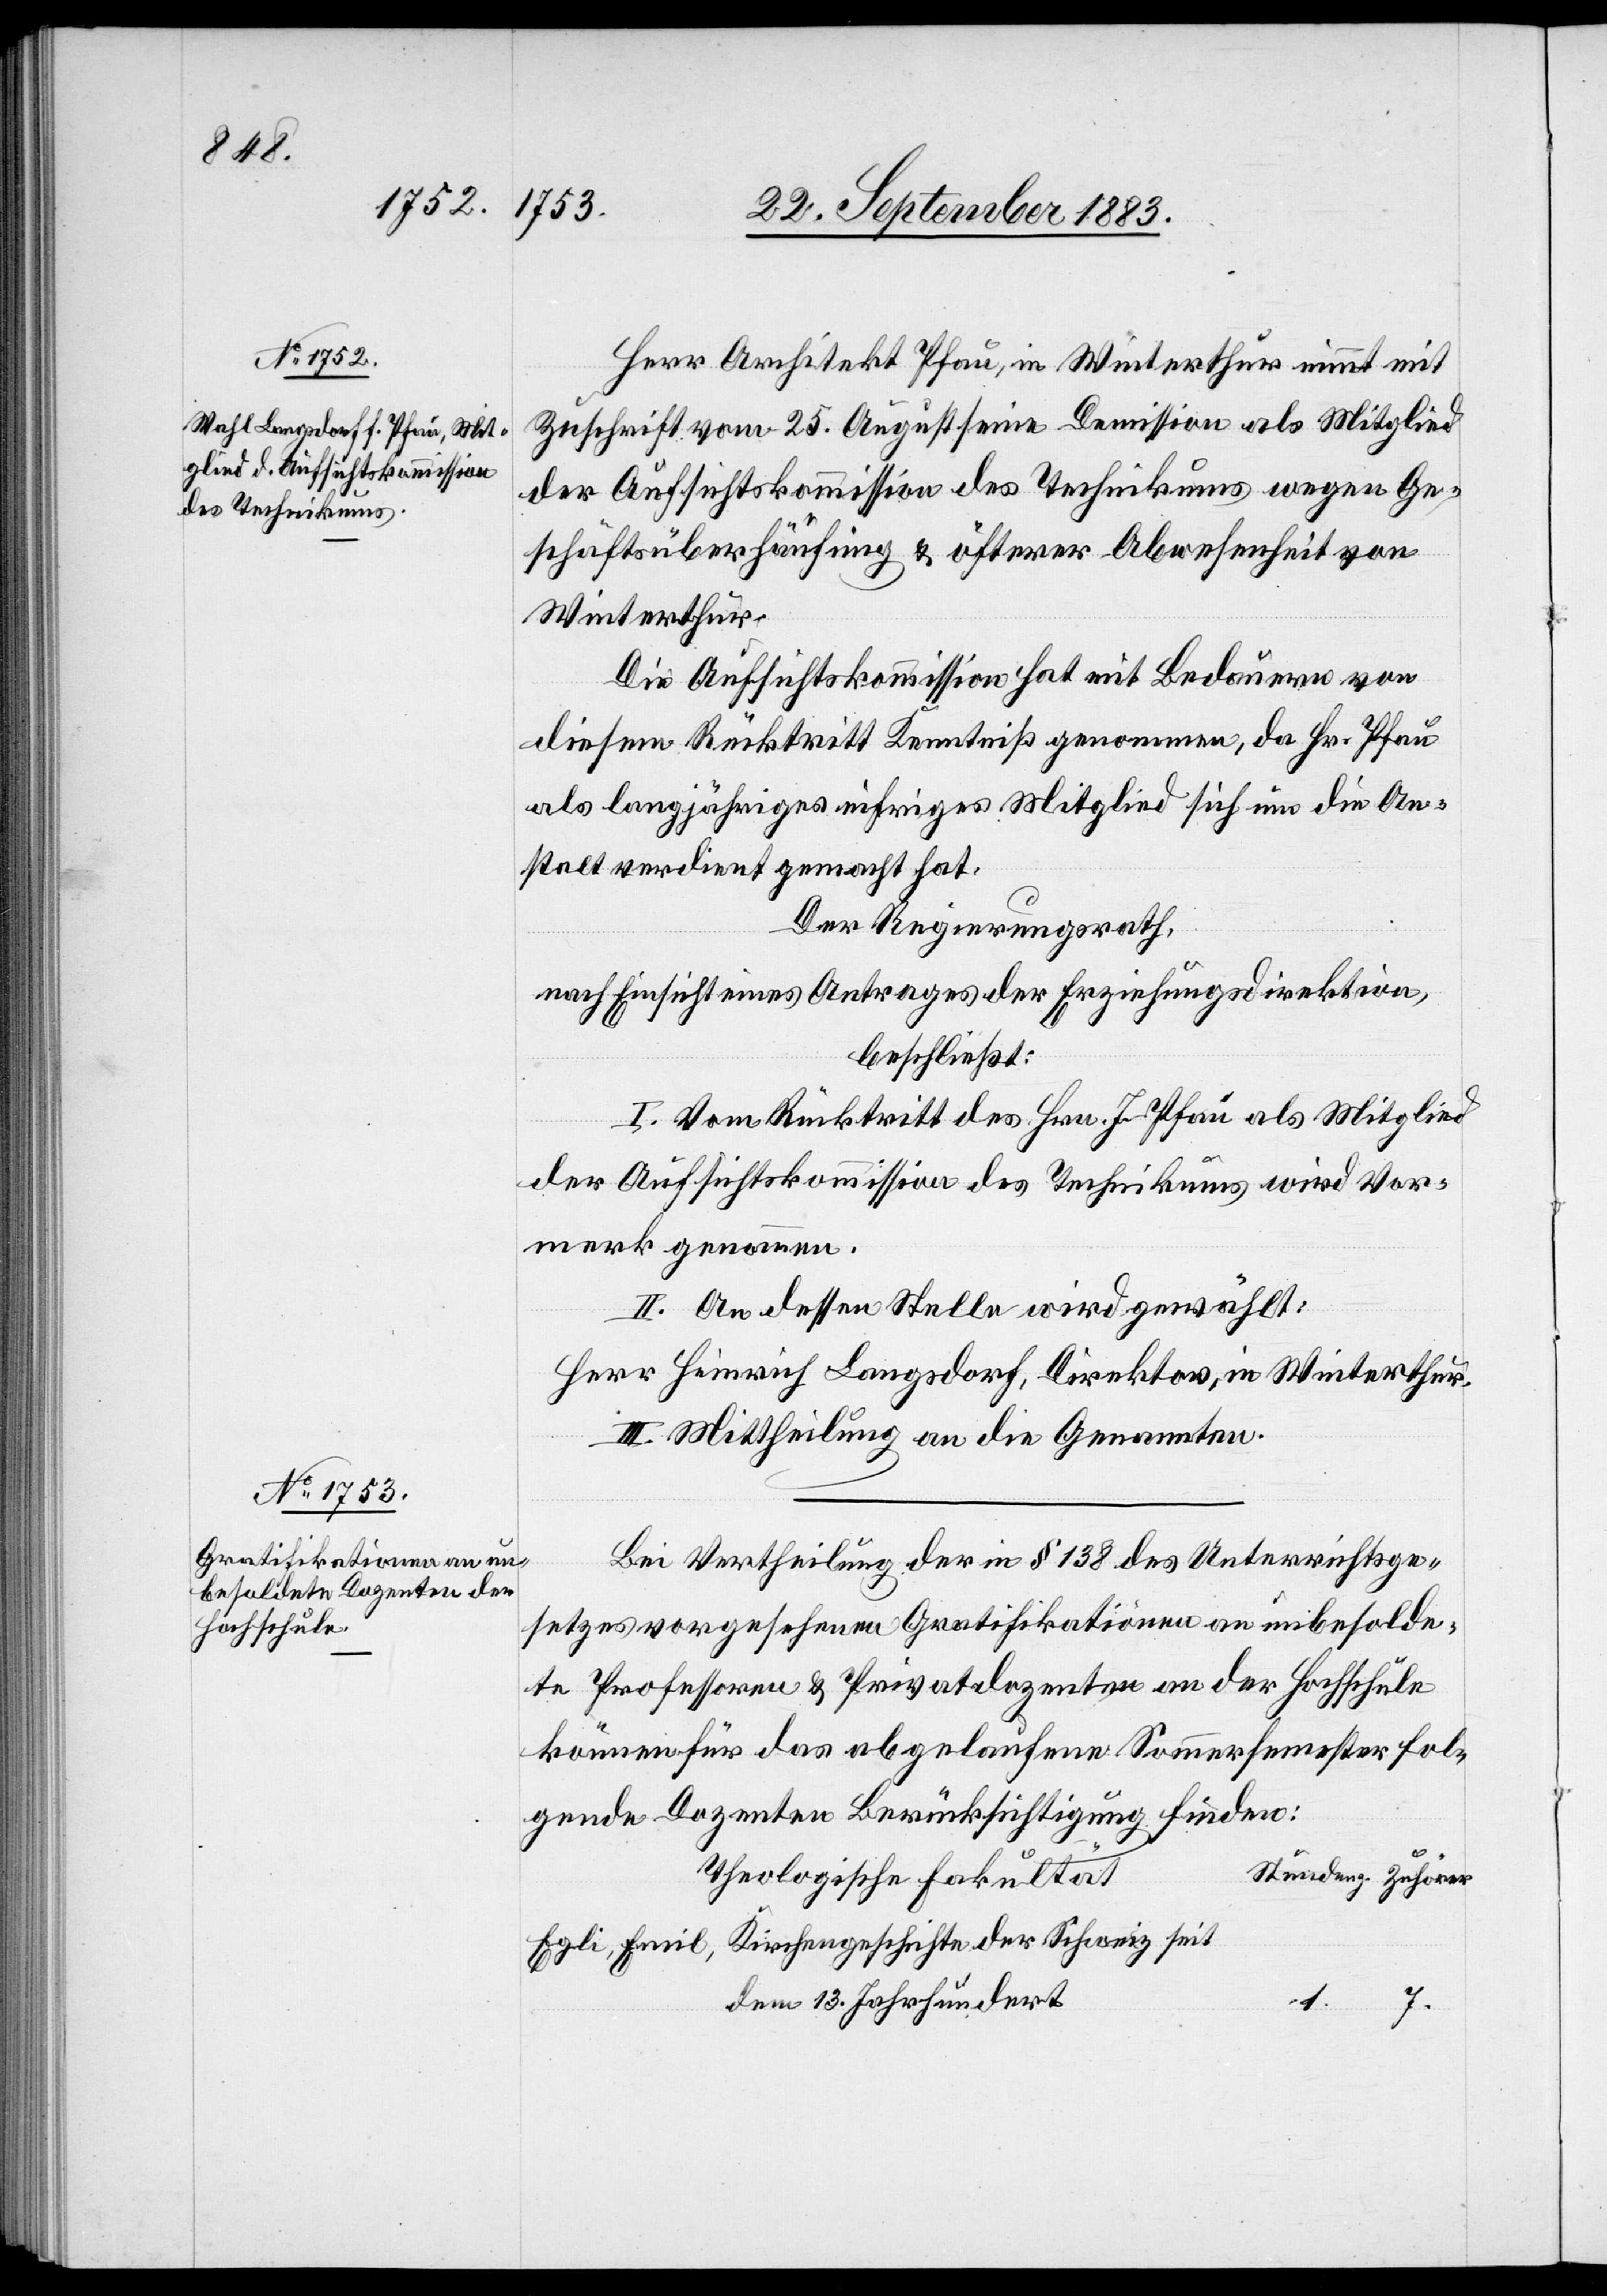
Herr Architekt Pfau, in Winterthur nimmt mit
Zuschrift vom 25. August seine Demission als Mitglied
der Aufsichtskommission des Technikums wegen Ge¬
schäftsüberhäufung & öfterer Abwesenheit von
Winterthur.
Die Aufsichtskommission hat mit Bedauern von
diesem Rücktritt Kenntniß genommen, da Hr. Pfau
als langjähriges eifriges Mitglied sich um die An¬
stalt verdient gemacht hat.
Der Regierungsrath,
nach Einsicht eines Antrages der Erziehungsdirektion,
beschließt:
I. Vom Rücktritt des Hrn. J. Pfau als Mitglied
der Aufsichtskommission des Technikums wird Vor¬
merk genommen.
II. An dessen Stelle wird gewählt:
Herr Heinrich Langsdorf, Direktor, in Winterthur.
III. Mittheilung an die Genannten.
Bei Vertheilung der in § 138 des Unterrichtsge¬
setzes vorgesehenen Gratifikationen an unbesolde¬
te Professoren & Privatdozenten an der Hochschule
können für das abgelaufene Sommersemester fol¬
gende Dozenten Berücksichtigung finden:
Theologische Fakultät.
dem 13. Jahrhundert